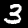
Digit: 3